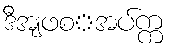
ဒီအျဖစ္အပ်က္က